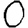
Digit: 0